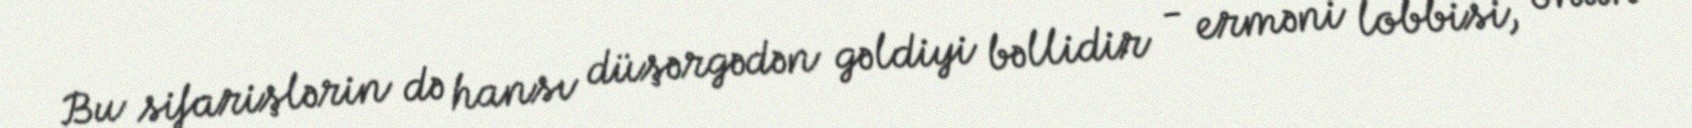
Bu sifarişlərin də hansı düşərgədən gəldiyi bəllidir - erməni lobbisi, onun